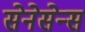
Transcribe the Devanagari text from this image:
सेनेसेन्स